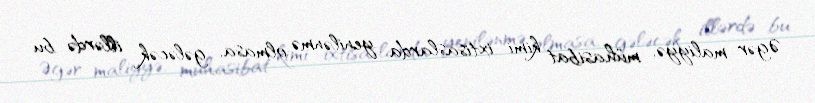
Əgər maliyyə, mühasibat kimi ixtisaslarda yenilənmə olmasa, gələcək illərdə bu